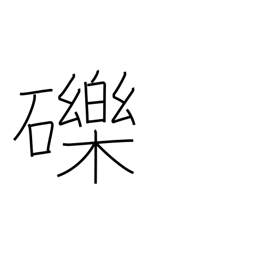
Meaning: small stones